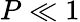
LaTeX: P\ll 1